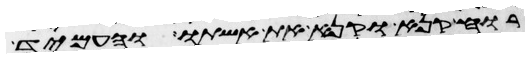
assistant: רוח קנאה וקנא את אשתו והעמיד